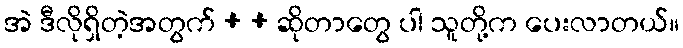
အဲ ဒီလိုရှိတဲ့အတွက် + + ဆိုတာတွေ ပါ သူတို့က ပေးလာတယ်။